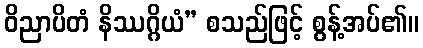
ဝိညာပိတံ နိဿဂ္ဂိယံ” စသည်ဖြင့် စွန့်အပ်၏။